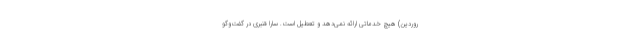
روردین) هیچ خدماتی ارائه نمی‌دهد و تعطیل است. سارا قنبری در گفت‌وگو